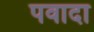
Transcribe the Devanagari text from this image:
पवादा